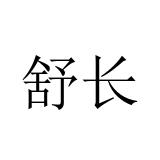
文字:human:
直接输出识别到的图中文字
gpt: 舒长